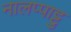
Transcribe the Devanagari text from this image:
नालप्पाट्टु